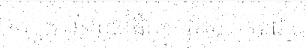
ស្នង ព្រះបុឌ ផឹយ៉ា ព្រះបាទ បាដ់